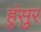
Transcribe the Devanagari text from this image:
हुंसुर